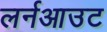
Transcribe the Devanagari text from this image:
लर्नआउट